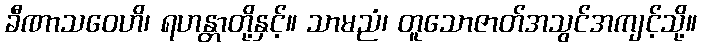
ခီဏာသဝေဟိ၊ ရဟန္တာတို့နှင့်။ သာမညံ၊ တူသောဇာတ်အသွင်အကျင့်သို့။